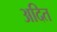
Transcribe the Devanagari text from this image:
अदित